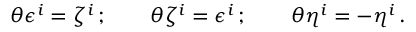
\theta \epsilon ^ { i } = \zeta ^ { i } \, ; \qquad \theta \zeta ^ { i } = \epsilon ^ { i } \, ; \qquad \theta \eta ^ { i } = - \eta ^ { i } \, .